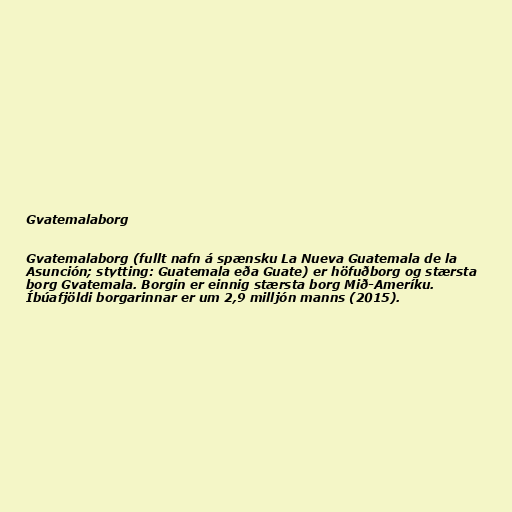
Gvatemalaborg

Gvatemalaborg (fullt nafn á spænsku La Nueva Guatemala de la
Asunción; stytting: Guatemala eða Guate) er höfuðborg og stærsta
borg Gvatemala. Borgin er einnig stærsta borg Mið-Ameríku.
Íbúafjöldi borgarinnar er um 2,9 milljón manns (2015).